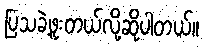
ပြသခဲ့ဖူးတယ်လို့ဆိုပါတယ်။